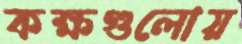
কক্ষগুলোয়